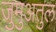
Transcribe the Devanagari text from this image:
जुमुअतुल